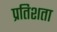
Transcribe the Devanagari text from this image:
प्रतिशता